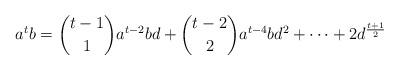
LaTeX: \begin{align*}a^tb=\binom{t-1}{1}a^{t-2}bd+\binom{t-2}{2}a^{t-4}bd^2+\cdots + 2d^{\frac{t+1}{2}}\end{align*}